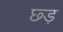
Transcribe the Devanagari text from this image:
छ्ड़